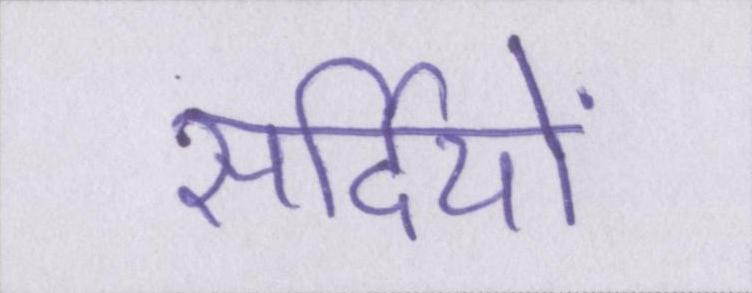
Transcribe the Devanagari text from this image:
सर्दियों